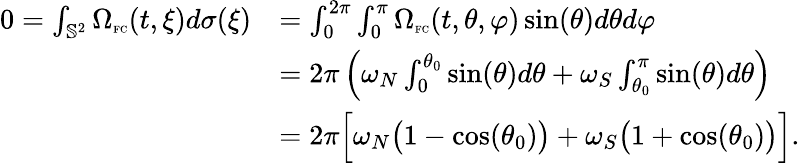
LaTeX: \begin{array}{rl}{0=\int_{\mathbb{S}^{2}}\Omega_{\textnormal{\tiny{FC}}}(t,\xi)d\sigma(\xi)}&{=\int_{0}^{2\pi}\int_{0}^{\pi}\Omega_{\textnormal{\tiny{FC}}}(t,\theta,\varphi)\sin(\theta)d\theta d\varphi}\\ &{=2\pi\left(\omega_{N}\int_{0}^{\theta_{0}}\sin(\theta)d\theta+\omega_{S}\int_{\theta_{0}}^{\pi}\sin(\theta)d\theta\right)}\\ &{=2\pi\Big[\omega_{N}\big(1-\cos(\theta_{0})\big)+\omega_{S}\big(1+\cos(\theta_{0})\big)\Big].}\end{array}